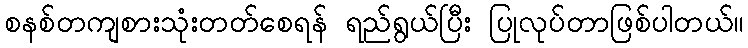
စနစ်တကျစားသုံးတတ်စေရန် ရည်ရွယ်ပြီး ပြုလုပ်တာဖြစ်ပါတယ်။